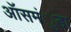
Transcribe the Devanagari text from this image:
ऑसमंुडा